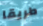
طريقا